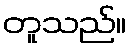
တူသည်။